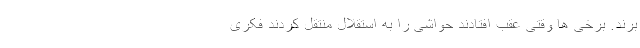
برند. برخی ها وقتی عقب افتادند حواشی را به استقلال منتقل کردند فکری